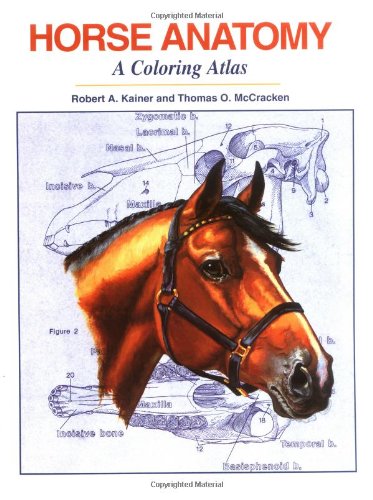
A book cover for Horse Anatomy: A Coloring Atlas, 2nd Edition; Robert A. Kainer; Medical Books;